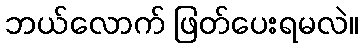
ဘယ်လောက် ဖြတ်ပေးရမလဲ။